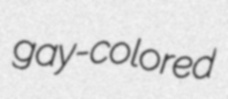
gay-colored